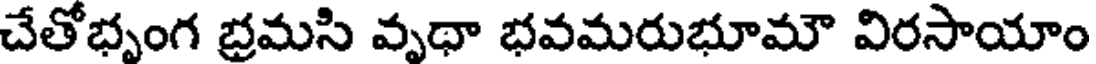
చేతోభృంగ భ్రమసి వృథా భవమరుభూమౌ విరసాయాం